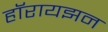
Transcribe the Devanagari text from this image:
हॉरायझन